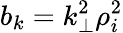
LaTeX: b_{k}=k_{\perp}^{2}\rho_{i}^{2}